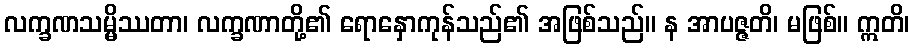
လက္ခဏသမ္မိဿတာ၊ လက္ခဏာတို့၏ ရောနှောကုန်သည်၏ အဖြစ်သည်။ န အာပဇ္ဇတိ၊ မဖြစ်။ ဣတိ၊